Document type: Sale
Year: 1499
Scribe: Joan Martínez de Sòria
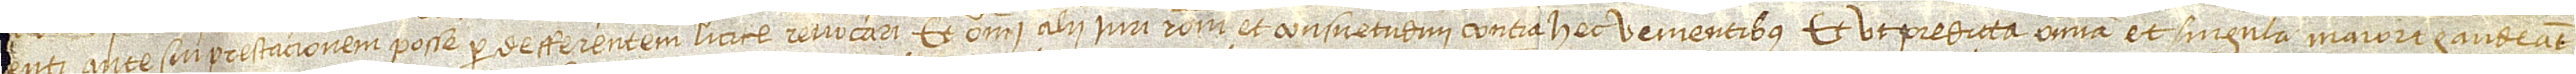
enti ante sui prestacionem posse per defferentem licite revocari, et omni alii iuri, rationi et consuetudini contra hec venientibus. Et ut predicta omnia et singula maiori gaudeant